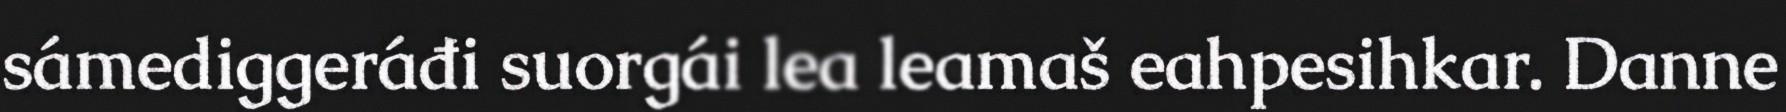
sámediggeráđi suorgái lea leamaš eahpesihkar. Danne